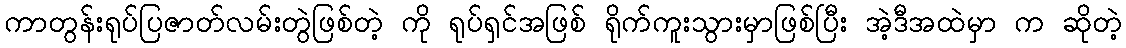
ကာတွန်းရုပ်ပြဇာတ်လမ်းတွဲဖြစ်တဲ့ ကို ရုပ်ရှင်အဖြစ် ရိုက်ကူးသွားမှာဖြစ်ပြီး အဲ့ဒီအထဲမှာ က ဆိုတဲ့